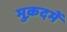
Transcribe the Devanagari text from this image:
मुक़दमें